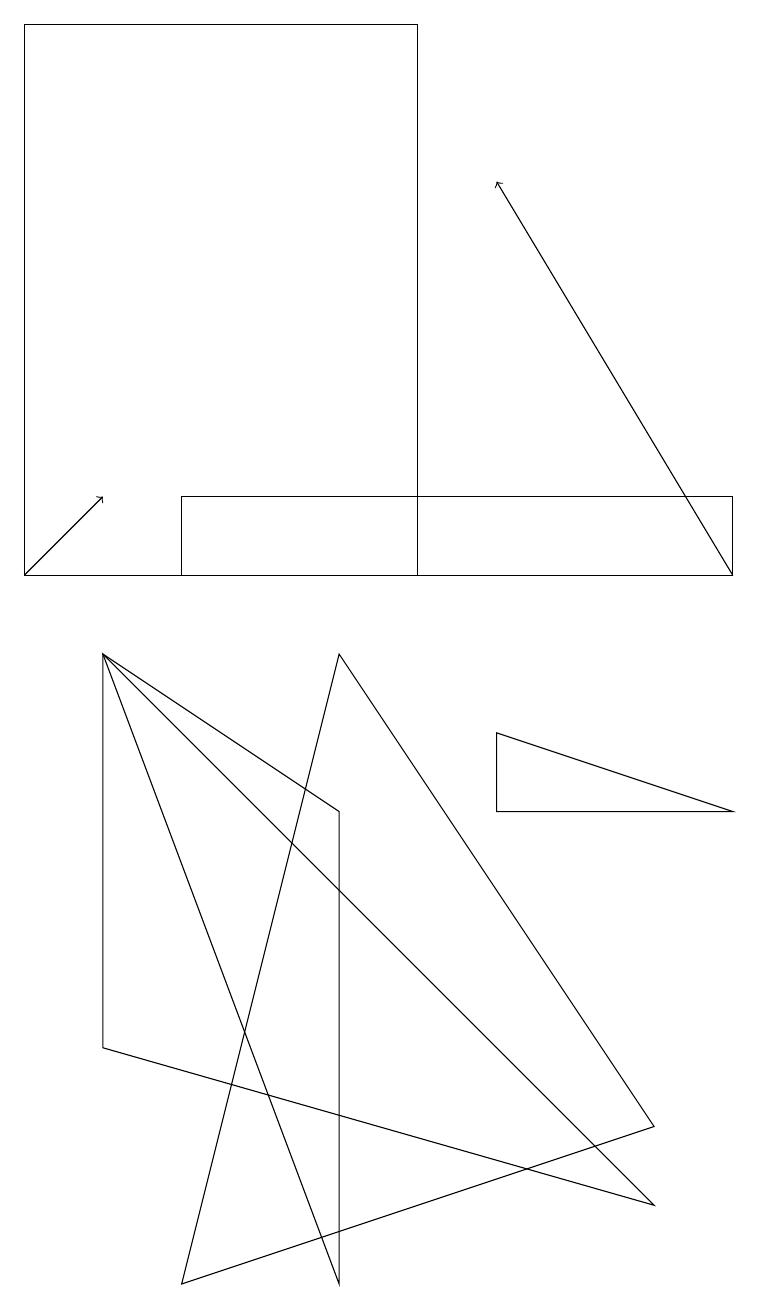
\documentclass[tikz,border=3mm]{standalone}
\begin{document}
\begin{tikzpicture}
\draw[->] (9,10) -- (6,15);
\draw (4,9) -- (2,1) -- (8,3) -- cycle;
\draw (5,17) rectangle (0,10);
\draw (1,4) -- (1,9) -- (8,2) -- cycle;
\draw[->] (0,10) -- (1,11);
\draw (9,7) -- (6,7) -- (6,8) -- cycle;
\draw (2,10) rectangle (9,11);
\draw (1,9) -- (4,7) -- (4,1) -- cycle;
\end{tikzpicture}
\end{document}